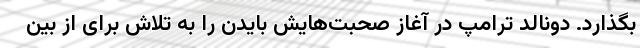
بگذارد. دونالد ترامپ در آغاز صحبت‌هایش بایدن را به تلاش برای از بین